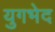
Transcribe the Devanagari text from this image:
युगभेद